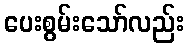
ပေးစွမ်းသော်လည်း